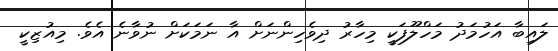
ލައިބާ އަހުމަދު މަހްލޫފަކީ މިހާރު ދިވެހިންނަށް އާ ނަމަކަށް ނުވާނެ އެވެ. މިއުޒިކީ